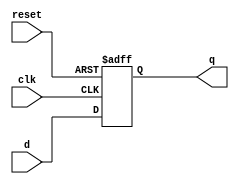
module dff(d,clk,reset,q);
input [35:0]d;
input clk, reset;
output [35:0]q;
reg[35:0] q;

always@(posedge clk or posedge reset)
	if(reset==1)
 		q = 36'b0;
	else
		q = d;

endmodule